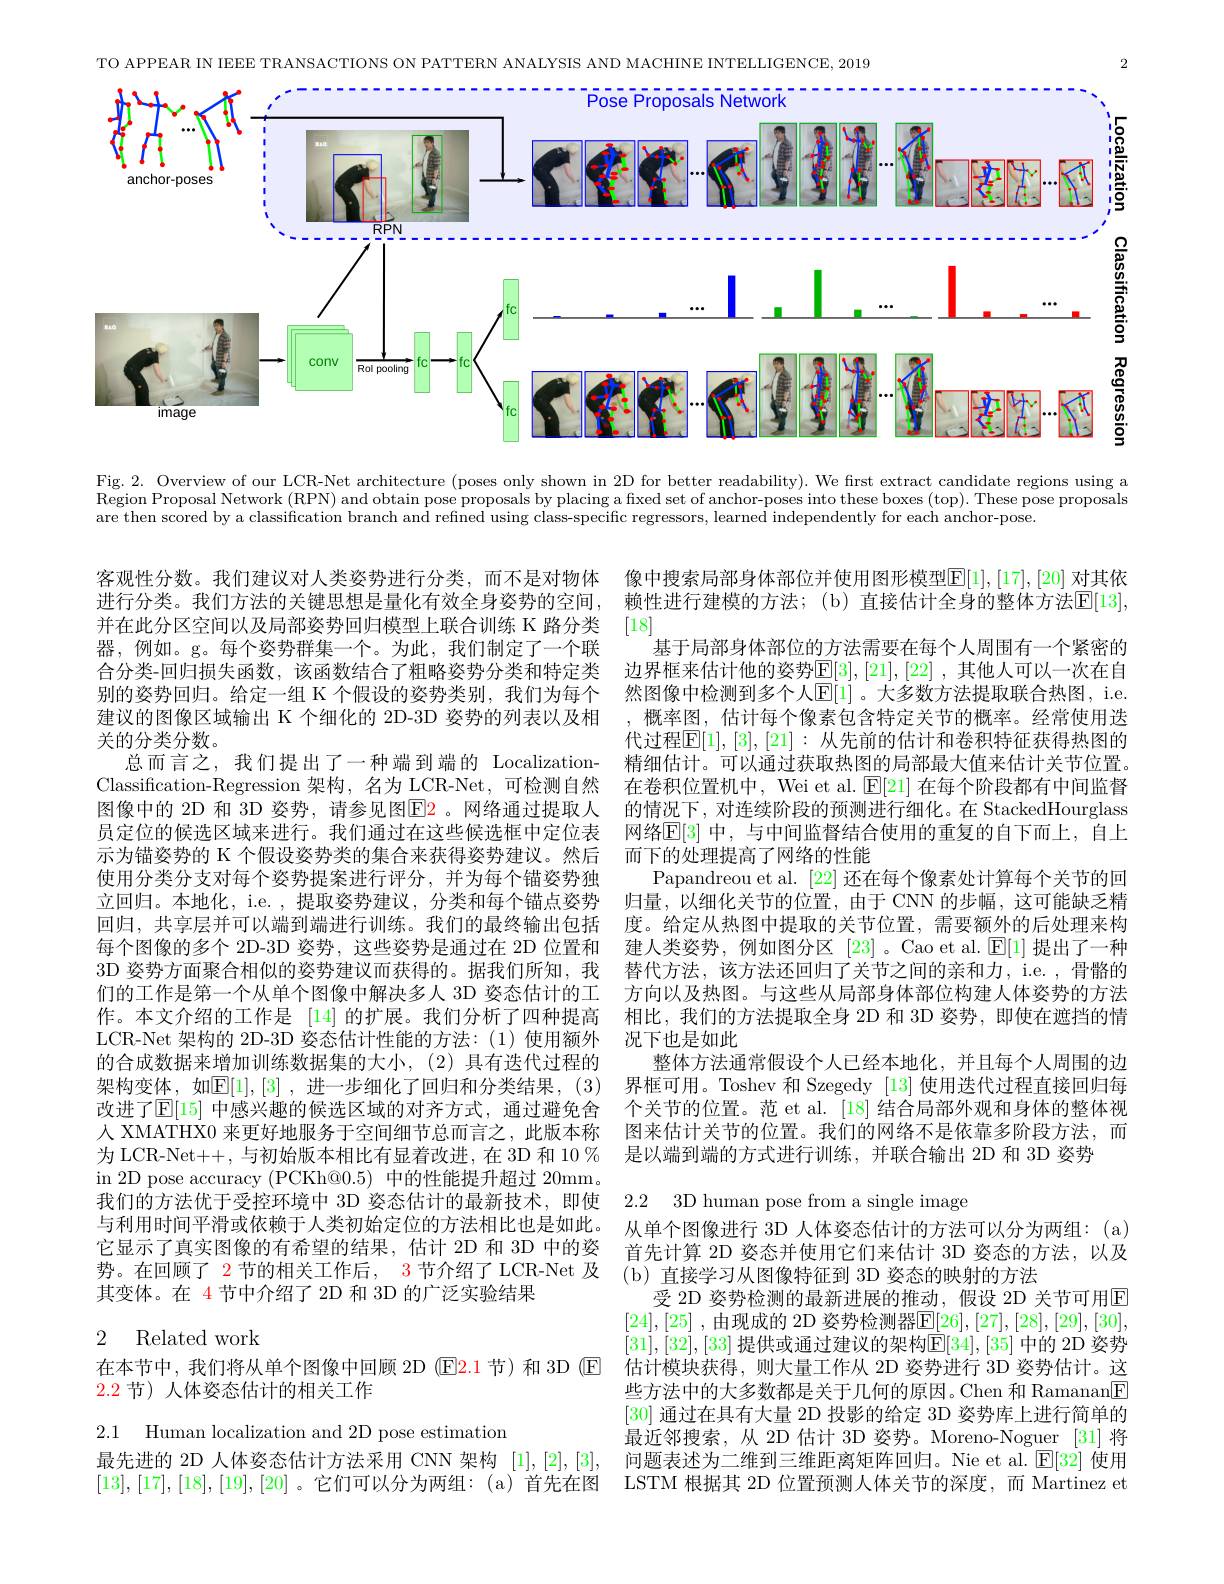
2
TO APPEAR IN IEEE TRANSACTIONS ON PATTERN ANALYSIS AND MACHINE INTELLIGENCE, 2019
<FigureHere>

Fig, 2. Overview of our LCR-Net architecture (poses only shown in 2D for better readability). We first extract candidate regions using a $\begin{aligned}\text{Region Proposal Network (RPN) and obtain pose proposals by placing a fixed set of anchor-poses into these boxes (top). These pose proposals}\\\text{Region Proposal Network (RPN) and obtain pose proposals by placing a fixed set of anchor-posesinto these boxe}\end{aligned}$ are then scored by a classification branch and refined using class-specific regressors, learned independently for each anchor-pose.

像中搜索局部身体部位并使用图形模型$\mathbb{E}[1],[17],[20]$ 对其依赖性进行建模的方法；(b) 直接估计全身的整体方法$\mathbb{E}[13]$, [18]
基于局部身体部位的方法需要在每个人周围有一个紧密的边界框来估计他的姿势$\mathbb{E}[3],[21],[22]$ ,其他人可以一次在自然图像中检测到多个人$\mathbb{E}[1]$。大多数方法提取联合热图，i.e. ,概率图，估计每个像素包含特定关节的概率。经常使用迭代过程$\mathbb{E}[1],[3],[21]:$ 从先前的估计和卷积特征获得热图的精细估计。可以通过获取热图的局部最大值来估计关节位置。在卷积位置机中，Wei et al. $\mathbb{E}[21]$在每个阶段都有中间监督的情况下，对连续阶段的预测进行细化。在 StackedHourglass 网络$\mathbb{E}[3]$ 中，与中间监督结合使用的重复的自下而上，自上而下的处理提高了网络的性能
Papandreou et al. [22] 还在每个像素处计算每个关节的回归量，以细化关节的位置，由于 CNN 的步幅，这可能缺乏精度。给定从热图中提取的关节位置，需要额外的后处理来构建人类姿势，例如图分区[23] 。Cao et al.$\mathbb{E}[1]$提出了一种替代方法，该方法还回归了关节之间的亲和力，i.e. ,骨骼的方向以及热图。与这些从局部身体部位构建人体姿势的方法相比，我们的方法提取全身 2D 和 3D 姿势，即使在遮挡的情况下也是如此
整体方法通常假设个人已经本地化，并且每个人周围的边
架构变体，如$\overline{\mathbb{E}}[1],[3]$ ,进一步细化了回归和分类结果，(3) 界框可用。Toshev 和 Szegedy [13] 使用迭代过程直接回归每
个关节的位置。范 et al. [18] 结合局部外观和身体的整体视图来估计关节的位置。我们的网络不是依靠多阶段方法，而是以端到端的方式进行训练，并联合输出 2D 和 3D 姿势

客观性分数。我们建议对人类姿势进行分类，而不是对物体进行分类。我们方法的关键思想是量化有效全身姿势的空间， 并在此分区空间以及局部姿势回归模型上联合训练 K 路分类器，例如。g。每个姿势群集一个。为此，我们制定了一个联合分类-回归损失函数，该函数结合了粗略姿势分类和特定类别的姿势回归。给定一组 K 个假设的姿势类别，我们为每个建议的图像区域输出 K 个细化的 2D-3D 姿势的列表以及相关的分类分数。
总而言之，我们提出了一种端到端的 LocalizationClassification-Regression 架构，名为 LCR-Net, 可检测自然图像中的 2D 和 3D 姿势，请参见图$\color{red}{\mathrm{E2}}$。网络通过提取人员定位的候选区域来进行。我们通过在这些候选框中定位表示为锚姿势的 K 个假设姿势类的集合来获得姿势建议。然后使用分类分支对每个姿势提案进行评分，并为每个锚姿势独立回归。本地化，i.e. ,提取姿势建议，分类和每个锚点姿势回归，共享层并可以端到端进行训练。我们的最终输出包括每个图像的多个 2D-3D 姿势，这些姿势是通过在 2D 位置和3D 姿势方面聚合相似的姿势建议而获得的。据我们所知，我们的工作是第一个从单个图像中解决多人 3D 姿态估计的工作。本文介绍的工作是 [14] 的扩展。我们分析了四种提高LCR-Net 架构的 2D-3D 姿态估计性能的方法：(1)使用额外的合成数据来增加训练数据集的大小，(2) 具有迭代过程的改进了$\mathbb{E}[15]$ 中感兴趣的候选区域的对齐方式，通过避免舍人 XMATHX0 来更好地服务于空间细节总而言之，此版本称为 LCR-Net++, 与初始版本相比有显着改进，在 3D 和 10 % in 2D pose accuracy (PCKh@0.5) 中的性能提升超过 20mm。我们的方法优于受控环境中 3D 姿态估计的最新技术，即使与利用时间平滑或依赖于人类初始定位的方法相比也是如此。它显示了真实图像的有希望的结果，估计 2D 和 3D 中的姿势。在回顾了 $\color{red}2$节的相关工作后，$\color{red}3$节介绍了LCR-Net 及 (b) 直接学习从图像特征到 3D 姿态的映射的方法
其变体。在 4 节中介绍了 2D 和 3D 的广泛实验结果

2.2 3D human pose from a single image

# 2 Related work

从单个图像进行 3D 人体姿态估计的方法可以分为两组：(a) 首先计算 2D 姿态并使用它们来估计 3D 姿态的方法，以及
受 2D 姿势检测的最新进展的推动，假设 2D 关节可用$\overline{\mathrm{E}}$ [24],[25] ,由现成的 2D 姿势检测器$\mathbb{E}[26],[27],[28],[29],[30]$, [31],[32],[33] 提供或通过建议的架构$\mathbb{E}[34],[35]$ 中的 2D 姿势估计模块获得，则大量工作从 2D 姿势进行 3D 姿势估计。这些方法中的大多数都是关于几何的原因。Chen 和 Ramanan[F] [30]通过在具有大量 2D 投影的给定 3D 姿势库上进行简单的最近邻搜索，从 2D 估计 3D 姿势。Moreno-Noguer [31] 将问题表述为二维到三维距离矩阵回归。Nie et al.$\overline{\mathbb{E}[32]}$使用LSTM 根据其 2D 位置预测人体关节的深度，而 Martinez et

在本节中，我们将从单个图像中回顾 2D (E2.1节)和 3D (E
2.2节)人体姿态估计的相关工作

2.1 Human localization and 2D pose estimation

最先进的 2D 人体姿态估计方法采用 CNN 架构[1],[2],[3], [13],[17],[18],[19],[20] 。它们可以分为两组：(a)首先在图